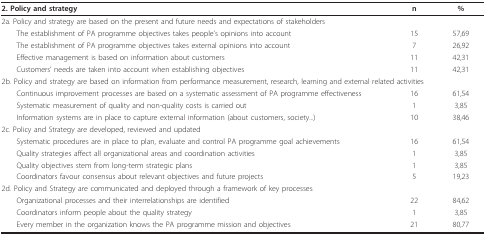
| 2. Policy and strategy | n | % |
 | --- | --- | --- |
 | 2a. Policy and strategy are based on the present and future needs and expectations of stakeholders |  |  |
 | The establishment of PA programme objectives takes people's opinions into account | 15 | 57,69 |
 | The establishment of PA programme objectives takes external opinions into account | 7 | 26,92 |
 | Effective management is based on information about customers | 11 | 42,31 |
 | Customers' needs are taken into account when establishing objectives | 11 | 42,31 |
 | <COLSPAN=3> 2b. Policy and strategy are based on information from performance measurement, research, learning and external related activities |
 | Continuous improvement processes are based on a systematic assessment of PA programme effectiveness | 16 | 61,54 |
 | Systematic measurement of quality and non-quality costs is carried out | 1 | 3,85 |
 | Information systems are in place to capture external information (about customers, society...) | 10 | 38,46 |
 | 2c. Policy and Strategy are developed, reviewed and updated |  |  |
 | Systematic procedures are in place to plan, evaluate and control PA programme goal achievements | 16 | 61,54 |
 | Quality strategies affect all organizational areas and coordination activities | 1 | 3,85 |
 | Quality objectives stem from long-term strategic plans | 1 | 3,85 |
 | Coordinators favour consensus about relevant objectives and future projects | 5 | 19,23 |
 | 2d. Policy and Strategy are communicated and deployed through a framework of key processes |  |  |
 | Organizational processes and their interrelationships are identified | 22 | 84,62 |
 | Coordinators inform people about the quality strategy | 1 | 3,85 |
 | Every member in the organization knows the PA programme mission and objectives | 21 | 80,77 |